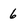
Character: 6